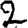
Digit: 2